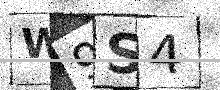
Text: W9S4